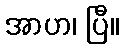
အာဟ၊ ပြီ။